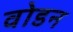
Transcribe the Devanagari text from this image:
वोडन